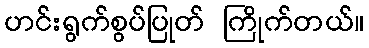
ဟင်းရွက်စွပ်ပြုတ် ကြိုက်တယ်။